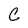
Character: C